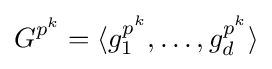
G^{p^{k}}=\langle g_{1}^{p^{k}},\ldots ,g_{d}^{p^{k}}\rangle